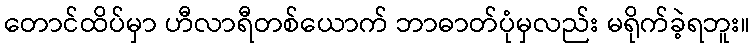
တောင်ထိပ်မှာ ဟီလာရီတစ်ယောက် ဘာဓာတ်ပုံမှလည်း မရိုက်ခဲ့ရဘူး။